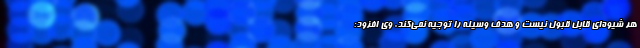
هر شیوه‌ای قابل قبول نیست و هدف وسیله را توجیه نمی‌کند. وی افزود: